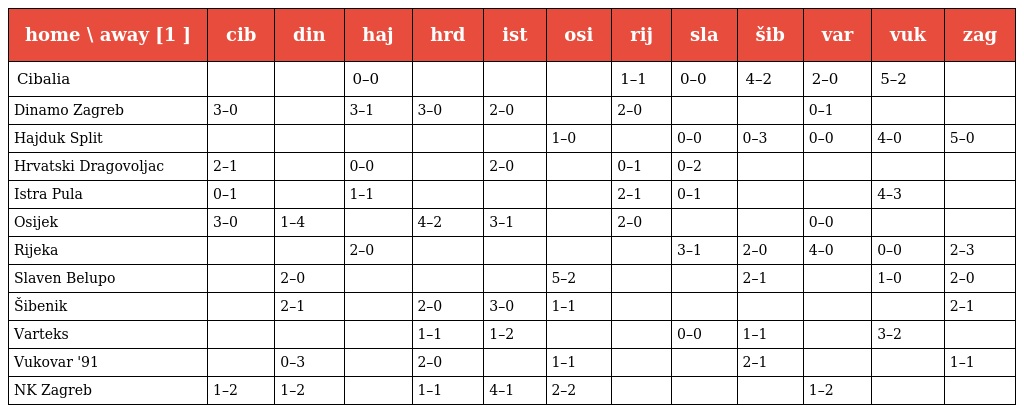
| home \ away [1 ] | cib | din | haj | hrd | ist | osi | rij | sla | šib | var | vuk | zag |
 | --- | --- | --- | --- | --- | --- | --- | --- | --- | --- | --- | --- | --- |
 | Cibalia |  |  | 0–0 |  |  |  | 1–1 | 0–0 | 4–2 | 2–0 | 5–2 |  |
 | Dinamo Zagreb | 3–0 |  | 3–1 | 3–0 | 2–0 |  | 2–0 |  |  | 0–1 |  |  |
 | Hajduk Split |  |  |  |  |  | 1–0 |  | 0–0 | 0–3 | 0–0 | 4–0 | 5–0 |
 | Hrvatski Dragovoljac | 2–1 |  | 0–0 |  | 2–0 |  | 0–1 | 0–2 |  |  |  |  |
 | Istra Pula | 0–1 |  | 1–1 |  |  |  | 2–1 | 0–1 |  |  | 4–3 |  |
 | Osijek | 3–0 | 1–4 |  | 4–2 | 3–1 |  | 2–0 |  |  | 0–0 |  |  |
 | Rijeka |  |  | 2–0 |  |  |  |  | 3–1 | 2–0 | 4–0 | 0–0 | 2–3 |
 | Slaven Belupo |  | 2–0 |  |  |  | 5–2 |  |  | 2–1 |  | 1–0 | 2–0 |
 | Šibenik |  | 2–1 |  | 2–0 | 3–0 | 1–1 |  |  |  |  |  | 2–1 |
 | Varteks |  |  |  | 1–1 | 1–2 |  |  | 0–0 | 1–1 |  | 3–2 |  |
 | Vukovar '91 |  | 0–3 |  | 2–0 |  | 1–1 |  |  | 2–1 |  |  | 1–1 |
 | NK Zagreb | 1–2 | 1–2 |  | 1–1 | 4–1 | 2–2 |  |  |  | 1–2 |  |  |